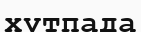
хұтпада